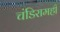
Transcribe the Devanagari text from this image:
चंडिरामही